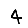
Digit: 4